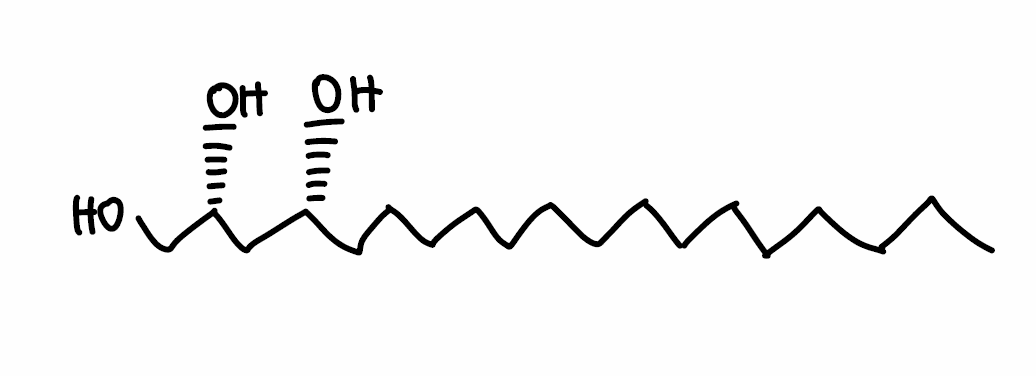
Simplified molecular-input line-entry system (SMILES) notation of the given molecule:
CCCCCCCCCCCCCCC[C@H](C[C@H](CO)O)O